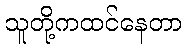
သူတို့ကထင်နေတာ